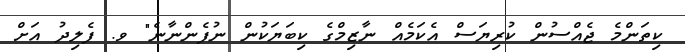
ކިތަންމެ ޖެއްސުން ކުރިޔަސް އެކަމެއް ނާޒިމްގެ ކިބަޔަކުން ނުފެންނާނެ" ވ. ފެލިދު އަށް